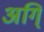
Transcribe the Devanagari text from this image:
अगि्